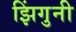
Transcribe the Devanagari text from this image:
झिंगुनी